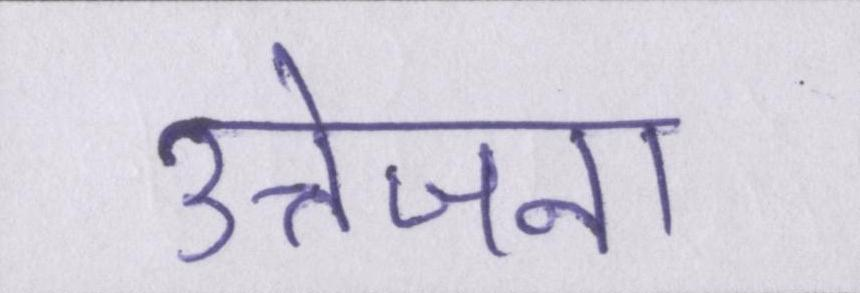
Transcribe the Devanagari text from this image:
उत्तेजना